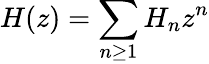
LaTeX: H(z)=\sum_{n\geq 1}{H_{n}z^{n}}